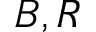
B , R